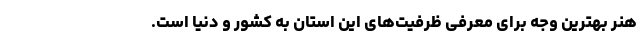
هنر بهترین وجه برای معرفی ظرفیت‌های این استان به کشور و دنیا است.